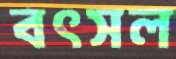
বৎসল